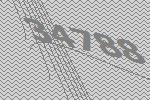
34788